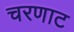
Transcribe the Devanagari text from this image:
चरणाट